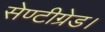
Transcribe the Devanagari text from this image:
सेण्टीग्रेड।